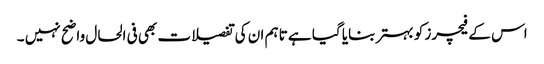
اس کے فیچرز کو بہتر بنایا گیا ہے تاہم ان کی تفصیلات بھی فی الحال واضح نہیں ۔